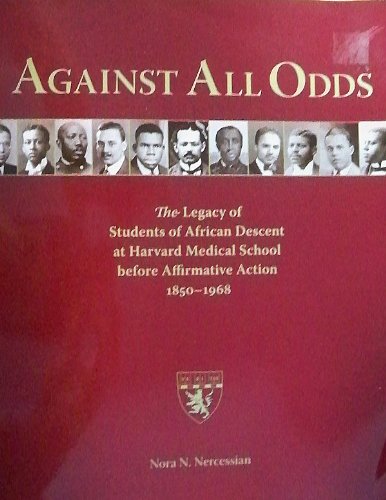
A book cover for Against All Odds - The Legacy of Students of African Descent At Harvard Medical School Before Affirmative Action 1850-1968; Nora N. Nercessian; Education & Teaching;